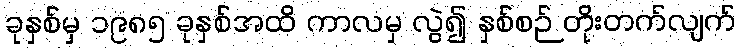
ခုနှစ်မှ ၁၉၈၅ ခုနှစ်အထိ ကာလမှ လွဲ၍ နှစ်စဉ် တိုးတက်လျက်